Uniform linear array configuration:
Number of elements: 24
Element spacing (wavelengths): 1
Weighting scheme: uniform
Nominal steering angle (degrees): -30
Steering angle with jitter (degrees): -30.485
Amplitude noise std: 0.05
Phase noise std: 0.05

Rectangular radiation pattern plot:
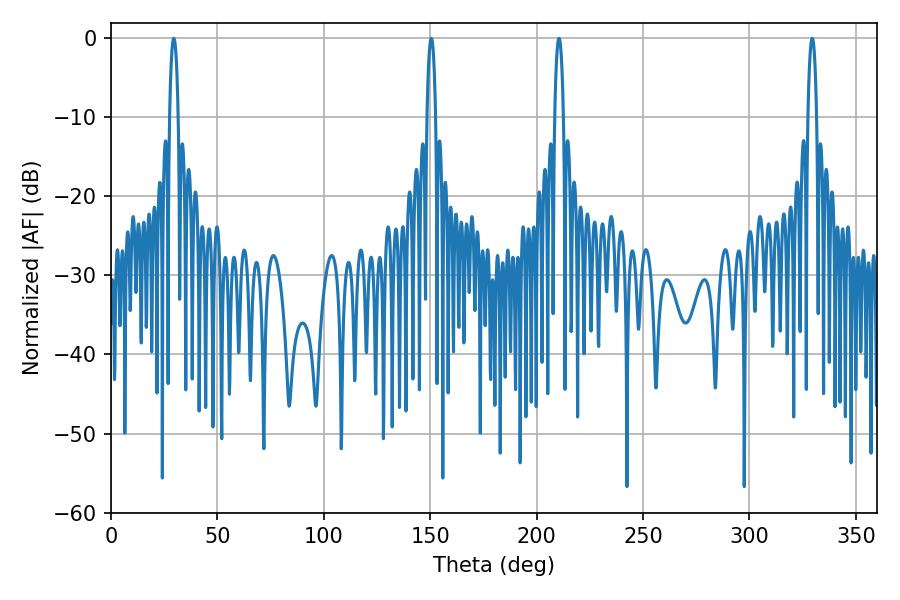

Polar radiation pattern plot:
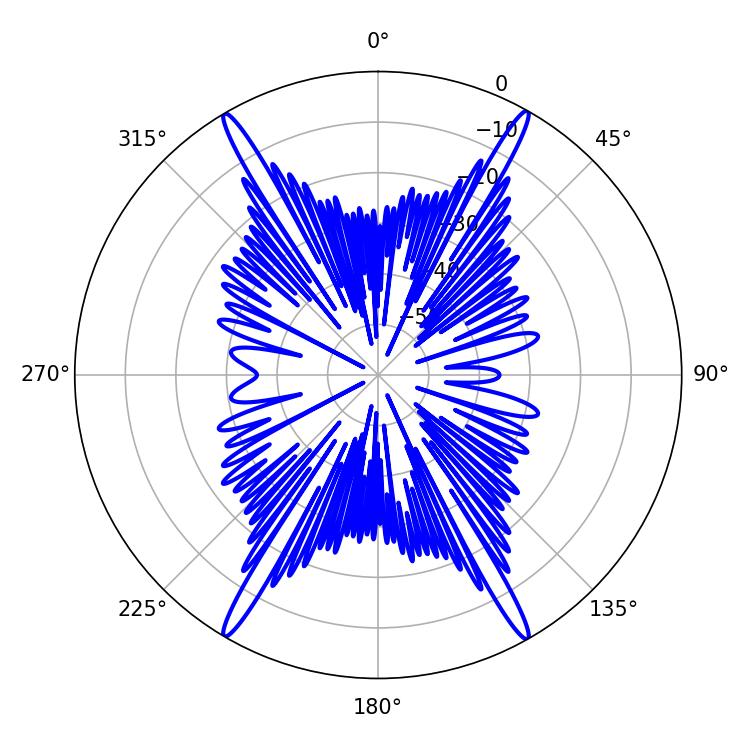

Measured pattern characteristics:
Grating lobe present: TRUE
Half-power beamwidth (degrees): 2.16
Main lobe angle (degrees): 29.52